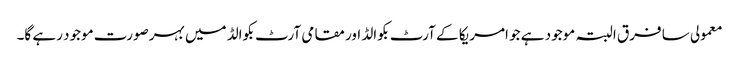
معمولی سا فرق البتہ موجود ہے جو امریکا کے آرٹ بکوالڈ اور مقامی آرٹ بکوالڈ میں بہرصورت موجود رہے گا۔